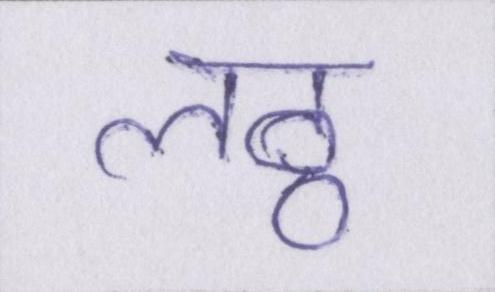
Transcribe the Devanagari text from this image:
लठ्ठ